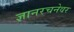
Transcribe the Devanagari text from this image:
ज्ञानरचनेवर